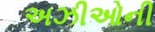
અઝીઓની